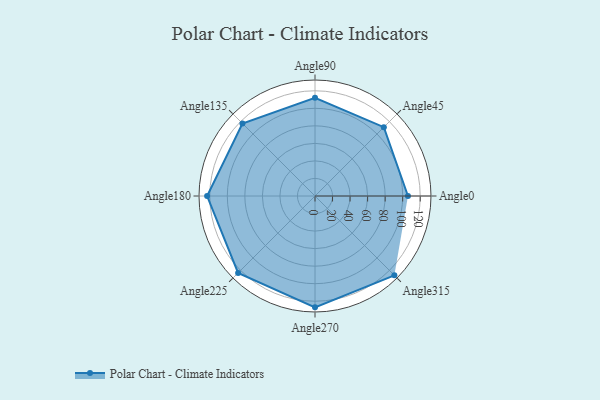
{"axis": {"x": "Angle", "y": "Radius"}, "legend": [""], "data": [{"x": "Angle0", "y": 106.0, "type": ""}, {"x": "Angle45", "y": 111.0, "type": ""}, {"x": "Angle90", "y": 112.0, "type": ""}, {"x": "Angle135", "y": 117.0, "type": ""}, {"x": "Angle180", "y": 123.0, "type": ""}, {"x": "Angle225", "y": 124.0, "type": ""}, {"x": "Angle270", "y": 127.0, "type": ""}, {"x": "Angle315", "y": 128.0, "type": ""}]}